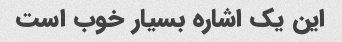
این یک اشاره بسیار خوب است